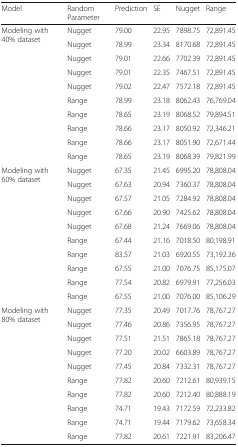
<table><thead><tr><td><b>Model</b></td><td><b>Random Parameter</b></td><td><b>Prediction</b></td><td><b>SE</b></td><td><b>Nugget</b></td><td><b>Range</b></td></tr></thead><tbody><tr><td rowspan="10">Modeling with 40% dataset</td><td>Nugget</td><td>79.00</td><td>22.95</td><td>7898.75</td><td>72,891.45</td></tr><tr><td>Nugget</td><td>78.99</td><td>23.34</td><td>8170.68</td><td>72,891.45</td></tr><tr><td>Nugget</td><td>79.01</td><td>22.66</td><td>7702.39</td><td>72,891.45</td></tr><tr><td>Nugget</td><td>79.01</td><td>22.35</td><td>7467.51</td><td>72,891.45</td></tr><tr><td>Nugget</td><td>79.02</td><td>22.47</td><td>7572.18</td><td>72,891.45</td></tr><tr><td>Range</td><td>78.99</td><td>23.18</td><td>8062.43</td><td>76,769.04</td></tr><tr><td>Range</td><td>78.65</td><td>23.19</td><td>8068.52</td><td>79,894.51</td></tr><tr><td>Range</td><td>78.66</td><td>23.17</td><td>8050.92</td><td>72,346.21</td></tr><tr><td>Range</td><td>78.66</td><td>23.17</td><td>8051.90</td><td>72,671.44</td></tr><tr><td>Range</td><td>78.65</td><td>23.19</td><td>8068.39</td><td>79,821.99</td></tr><tr><td rowspan="10">Modeling with 60% dataset</td><td>Nugget</td><td>67.35</td><td>21.45</td><td>6995.20</td><td>78,808.04</td></tr><tr><td>Nugget</td><td>67.63</td><td>20.94</td><td>7360.37</td><td>78,808.04</td></tr><tr><td>Nugget</td><td>67.57</td><td>21.05</td><td>7284.92</td><td>78,808.04</td></tr><tr><td>Nugget</td><td>67.66</td><td>20.90</td><td>7425.62</td><td>78,808.04</td></tr><tr><td>Nugget</td><td>67.68</td><td>21.24</td><td>7669.06</td><td>78,808.04</td></tr><tr><td>Range</td><td>67.44</td><td>21.16</td><td>7018.50</td><td>80,198.91</td></tr><tr><td>Range</td><td>83.57</td><td>21.03</td><td>6920.55</td><td>73,192.36</td></tr><tr><td>Range</td><td>67.55</td><td>21.00</td><td>7076.75</td><td>85,175.07</td></tr><tr><td>Range</td><td>77.54</td><td>20.82</td><td>6979.91</td><td>77,256.03</td></tr><tr><td>Range</td><td>67.55</td><td>21.00</td><td>7076.00</td><td>85,106.29</td></tr><tr><td rowspan="10">Modeling with 80% dataset</td><td>Nugget</td><td>77.35</td><td>20.49</td><td>7017.76</td><td>78,767.27</td></tr><tr><td>Nugget</td><td>77.46</td><td>20.86</td><td>7356.95</td><td>78,767.27</td></tr><tr><td>Nugget</td><td>77.51</td><td>21.51</td><td>7865.18</td><td>78,767.27</td></tr><tr><td>Nugget</td><td>77.20</td><td>20.02</td><td>6603.89</td><td>78,767.27</td></tr><tr><td>Nugget</td><td>77.45</td><td>20.84</td><td>7332.31</td><td>78,767.27</td></tr><tr><td>Range</td><td>77.82</td><td>20.60</td><td>7212.61</td><td>80,939.15</td></tr><tr><td>Range</td><td>77.82</td><td>20.60</td><td>7212.40</td><td>80,888.19</td></tr><tr><td>Range</td><td>74.71</td><td>19.43</td><td>7172.59</td><td>72,233.82</td></tr><tr><td>Range</td><td>74.71</td><td>19.44</td><td>7179.62</td><td>73,658.34</td></tr><tr><td>Range</td><td>77.82</td><td>20.61</td><td>7221.91</td><td>83,206.47</td></tr></tbody></table>